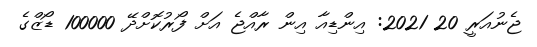
ޖެނުއަރީ 20 2021: އިންޑިއާ އިން ރާއްޖެ އަށް ފޯރުކޮށްދޭ 100000 ޑޯޒްގެ